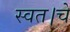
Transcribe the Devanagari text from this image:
स्वत।चे